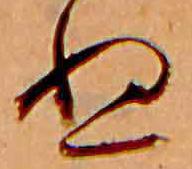
ぬ